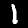
Digit: 1